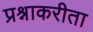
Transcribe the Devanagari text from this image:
प्रश्नाकरीता